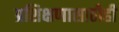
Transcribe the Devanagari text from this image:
प्रशिक्षणासाठीही